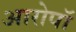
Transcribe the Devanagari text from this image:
आरोपॉ